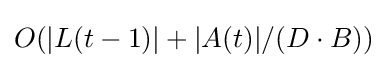
O(|L(t-1)|+|A(t)|/(D\cdot B))